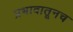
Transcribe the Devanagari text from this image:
प्रभावातूनच